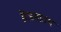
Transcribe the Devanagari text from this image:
ग्रेंजमाउथ